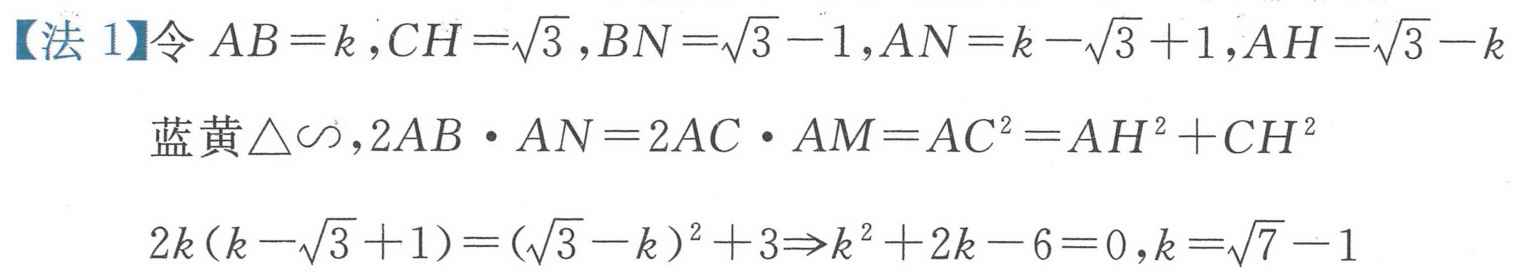
【法 1】令 \(AB = k\), \(CH=\sqrt{3}\), \(BN=\sqrt{3}-1\), \(AN=k - \sqrt{3}+1\), \(AH=\sqrt{3}-k\)
蓝黄\(\triangle\sim\), \(2AB\cdot AN = 2AC\cdot AM=AC^{2}=AH^{2}+CH^{2}\)
\(2k(k - \sqrt{3}+1)=(\sqrt{3}-k)^{2}+3\Rightarrow k^{2}+2k - 6 = 0\), \(k=\sqrt{7}-1\)